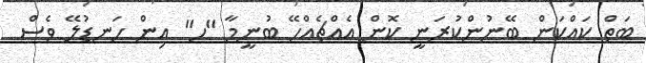
ބަތް ކައްކަން ބޭނުންކުރަނީ ކޮން އެއްޗެއްހޭ ބުނީމާ "ހ" އިން ހަނޑުލޭ ވެސް